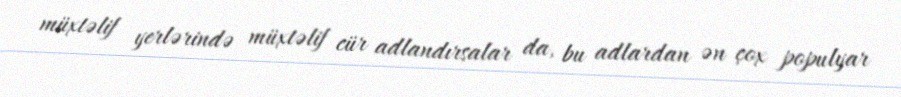
müxtəlif yerlərində müxtəlif cür adlandırsalar da, bu adlardan ən çox populyar